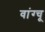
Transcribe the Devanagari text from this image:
वांग्चू